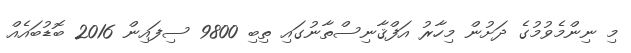
މި ނިންމެވުމުގެ ދަށުން މިހާރު އަފްޤާނިސްތާނުގައި ތިބި 9800 ސިފައިން 2016 ބޮޑުބައެއް